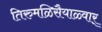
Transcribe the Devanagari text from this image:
तिरुमळिसैयाळ्वार्